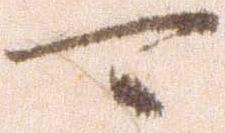
可